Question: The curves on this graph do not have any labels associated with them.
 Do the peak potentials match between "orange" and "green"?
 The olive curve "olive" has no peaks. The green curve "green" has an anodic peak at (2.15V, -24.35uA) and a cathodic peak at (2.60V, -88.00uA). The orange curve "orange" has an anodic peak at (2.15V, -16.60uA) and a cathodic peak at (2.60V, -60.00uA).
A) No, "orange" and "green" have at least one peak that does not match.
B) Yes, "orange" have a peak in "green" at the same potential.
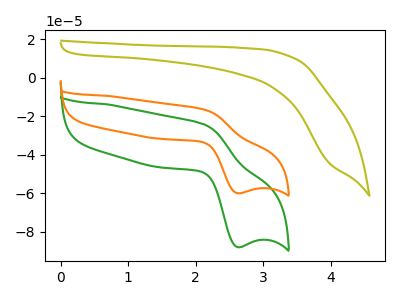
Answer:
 <answer>B) Yes, "orange" have a peak in "green" at the same potential.</answer>
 <eval>B</eval>